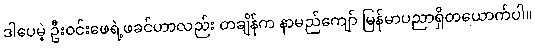
ဒါပေမဲ့ ဦးဝင်းဖေရဲ့ဖခင်ဟာလည်း တချိန်က နာမည်ကျော် မြန်မာပညာရှိတယောက်ပါ။